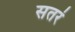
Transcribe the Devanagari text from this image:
सतरं